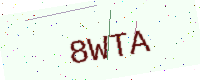
Text: 8WTA